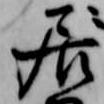
居